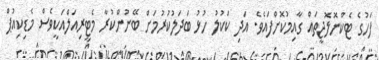
ފަހުގެ ޓެކްނޮލޮޖީތައް ގާއިމުކޮށްފައެވެ. އަދި ކަކުލު ހުޅު ބަދަލުކުރުމަށް ބޭނުންކުރާ މެޓީރިއަލްއަކީވެސް މެޑިކިއުޕް